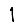
Digit: 1